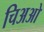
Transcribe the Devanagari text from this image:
चिअओ